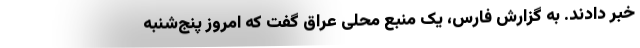
خبر دادند. به گزارش فارس، یک منبع محلی عراق گفت که امروز پنج‌شنبه